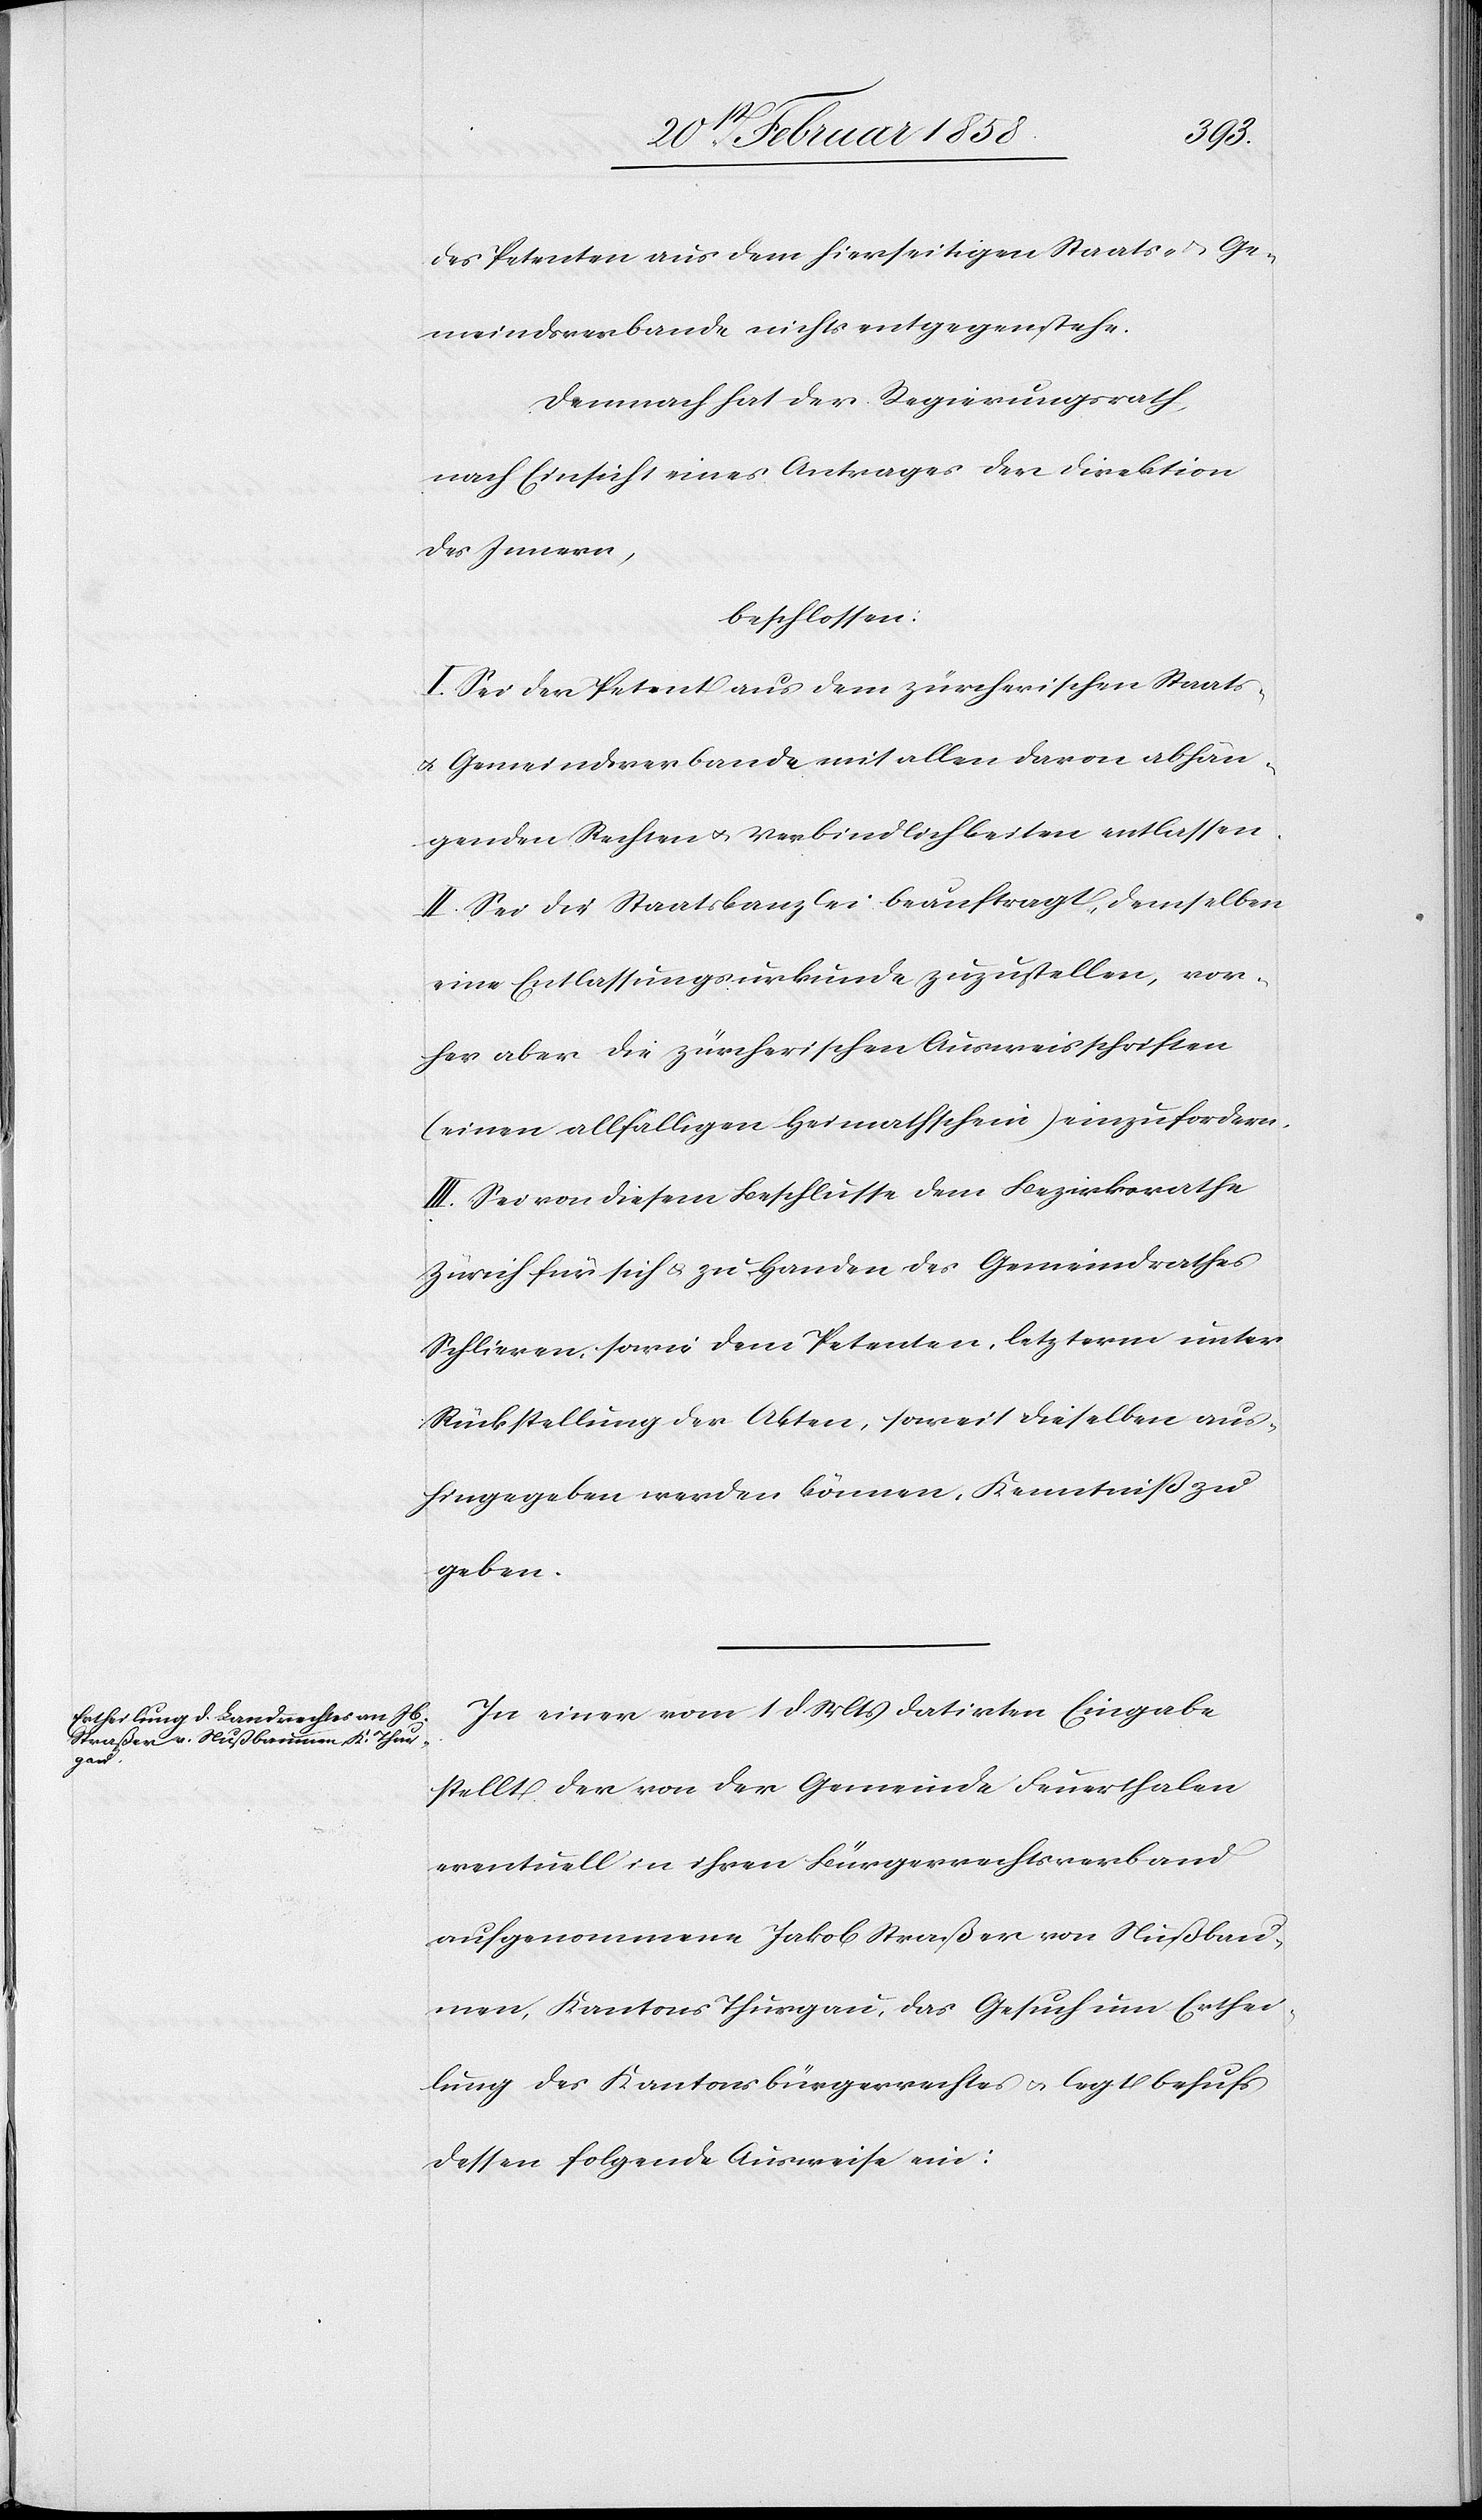
des Petenten aus dem hierseitigen Staats- u. Ge¬
meindsverbande nichts entgegenstehe.
Demnach hat der Regierungsrath,
nach Einsicht eines Antrages der Direktion
des Innern,
beschlossen:
I. Sei der Petent aus dem zürcherischen Staats-
u. Gemeindsverbande mit allen davon abhän¬
genden Rechten u. Verbindlichkeiten entlassen.
II. Sei die Staatskanzlei beauftragt, demselben
eine Entlassungsurkunde zuzustellen, vor¬
her aber die zürcherischen Ausweisschriften
(einen allfälligen Heimathschein) einzufordern.
III. Sei von diesem Beschlusse dem Bezirksrathe
Zürich für sich u. zu Handen des Gemeindrathes
Schlieren, sowie dem Petenten, letzterm unter
Rückstellung der Akten, soweit dieselben aus¬
hingegeben werden können, Kenntniß zu
geben.
In einer vom 1 d Mts. datirten Eingabe
stellt der von der Gemeinde Feuerthalen
eventuell in ihren Bürgerrechtsverband
aufgenommene Jakob Straßer von Nußbau¬
men, Kantons Thurgau, das Gesuch um Erthei¬
lung des Kantonsbürgerrechts u. legt behufs
dessen folgende Ausweise ein: